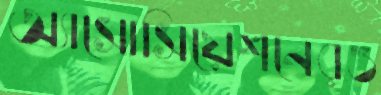
অ্যাসোসিয়েশনেরও